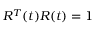
R ^ { T } ( t ) R ( t ) = 1